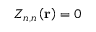
Z _ { n , n } \left( \mathbf { r } \right) = 0